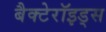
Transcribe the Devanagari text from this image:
बैक्टेरॉइड्स